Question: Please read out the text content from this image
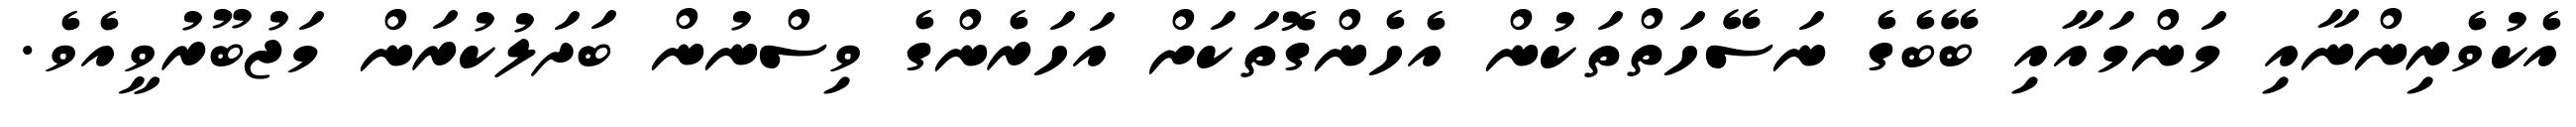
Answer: އެކުވެރިންނާއި މަންމައާއި ބޭބެގެ ނަސޭހަތްތަކުން އެހެންގޮތަކަށް އަހަރެންގެ ވިސްނުން ބަދަލުކުރަން މަޖުބޫރުވީއެވެ.